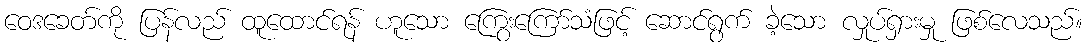
ဝေဒခေတ်ကို ပြန်လည် ထူထောင်ရန် ဟူသော ကြွေးကြော်သံဖြင့် ဆောင်ရွက် ခဲ့သော လှုပ်ရှားမှု ဖြစ်လေသည်။